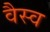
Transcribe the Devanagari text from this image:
वैस्‍व